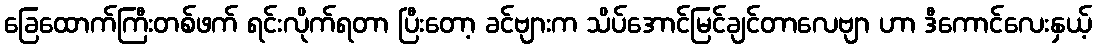
ခြေထောက်ကြီးတစ်ဖက် ရင်းလိုက်ရတာ ပြီးတော့ ခင်ဗျားက သိပ်အောင်မြင်ချင်တာလေဗျာ ဟာ ဒီကောင်လေးနှယ့်